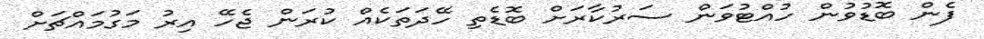
ފެން ބޮޑުވުން ހުއްޓުވަން ސަރުކާރަށް ބޮޑެތި ހޭދަތަކެއް ކުރަން ޖެހޭ އިރު މަގުމައްޗަށް